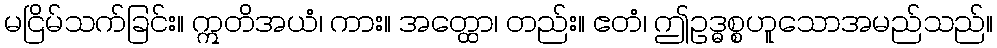
မငြိမ်သက်ခြင်း။ ဣတိအယံ၊ ကား။ အတ္ထော၊ တည်း။ ဧတံ၊ ဤဥဒ္ဓစ္စဟူသောအမည်သည်။